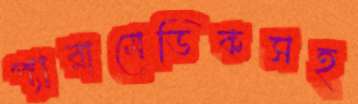
প্যারামেডিকসহ